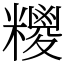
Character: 糭